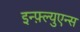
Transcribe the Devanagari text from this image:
इन्फ़्ल्युएन्स